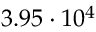
3 . 9 5 \cdot 1 0 ^ { 4 }